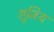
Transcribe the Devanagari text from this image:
सुजिथ